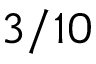
3 / 1 0